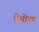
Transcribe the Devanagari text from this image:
हैमोक